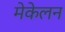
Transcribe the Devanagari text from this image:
मेकेलन